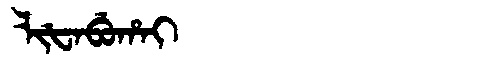
Manchu: ᠯᡳᡶᠠᠪᡠᡥᠠᡳ
Romanization: LIFABUHAI